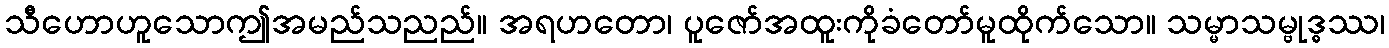
သီဟောဟူသောဤအမည်သညည်။ အရဟတော၊ ပူဇော်အထူးကိုခံတော်မူထိုက်သော။ သမ္မာသမ္ဗုဒ္ဓဿ၊